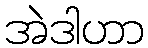
အဲဒါဟာ